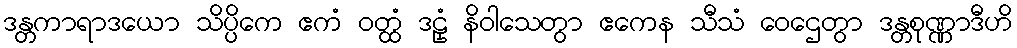
ဒန္တကာရာဒယော သိပ္ပိကေ ဧကံ ဝတ္ထံ ဒဠှံ နိဝါသေတွာ ဧကေန သီသံ ဝေဌေတွာ ဒန္တစုဏ္ဏာဒီဟိ